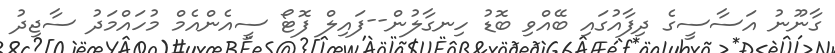
ގާނޫނު އަސާސީގެ ދިފާއުގައި ބޭއްވި ބޮޑު ހިނގާލުން--ފައިލް ފޮޓޯ ސީއެންއެމް މުހައްމަދު ސާޖިދު